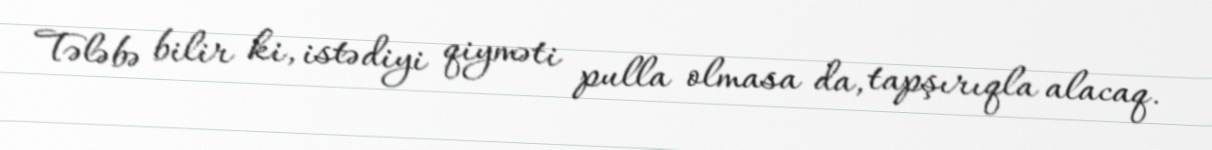
Tələbə bilir ki, istədiyi qiyməti pulla olmasa da, tapşırıqla alacaq.